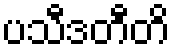
ပသီဒတီတိ